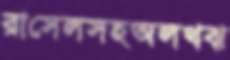
রাসেলসহঅলখঝ